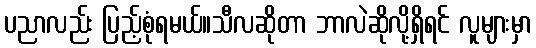
ပညာလည်း ပြည့်စုံရမယ်။သီလဆိုတာ ဘာလဲဆိုလို့ရှိရင် လူများမှာ